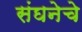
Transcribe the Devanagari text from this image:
संघनेचे